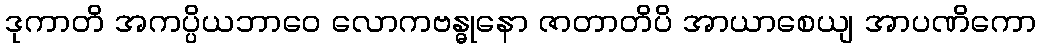
ဒုကာတိ အကပ္ပိယဘာဝေ လောကဗန္ဓုနော ဇာတာတိပိ အာယာစေယျ အာပဏိကော